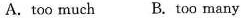
A.too much B. Too many